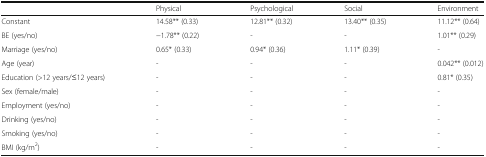
<table><thead><tr><td></td><td><b>Physical</b></td><td><b>Psychological</b></td><td><b>Social</b></td><td><b>Environment</b></td></tr></thead><tbody><tr><td>Constant</td><td>14.58** (0.33)</td><td>12.81** (0.32)</td><td>13.40** (0.35)</td><td>11.12** (0.64)</td></tr><tr><td>BE (yes/no)</td><td>−1.78** (0.22)</td><td>-</td><td>-</td><td>1.01** (0.29)</td></tr><tr><td>Marriage (yes/no)</td><td>0.65* (0.33)</td><td>0.94* (0.36)</td><td>1.11* (0.39)</td><td>-</td></tr><tr><td>Age (year)</td><td>-</td><td>-</td><td>-</td><td>0.042** (0.012)</td></tr><tr><td>Education (&gt;12 years/≤12 years)</td><td>-</td><td>-</td><td>-</td><td>0.81* (0.35)</td></tr><tr><td>Sex (female/male)</td><td>-</td><td>-</td><td>-</td><td>-</td></tr><tr><td>Employment (yes/no)</td><td>-</td><td>-</td><td>-</td><td>-</td></tr><tr><td>Drinking (yes/no)</td><td>-</td><td>-</td><td>-</td><td>-</td></tr><tr><td>Smoking (yes/no)</td><td>-</td><td>-</td><td>-</td><td>-</td></tr><tr><td>BMI (kg/m<sup>2</sup>)</td><td>-</td><td>-</td><td>-</td><td>-</td></tr></tbody></table>